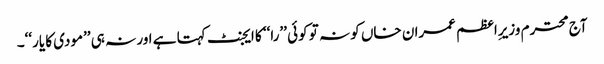
آج محترم وزیرِاعظم عمران خاں کو نہ تو کوئی ’’را‘‘ کا ایجنٹ کہتا ہے اور نہ ہی ’’مودی کا یار‘‘۔